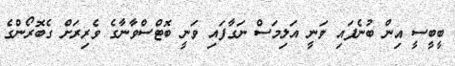
ބީބީސީ އިން ބުނެފައި ވަނީ އަލިމަސް ނަގާފައި ވަނީ ބޮޓްސްވާނާގެ ވެރިރަށް ގެބޮރޯންގެ